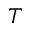
T